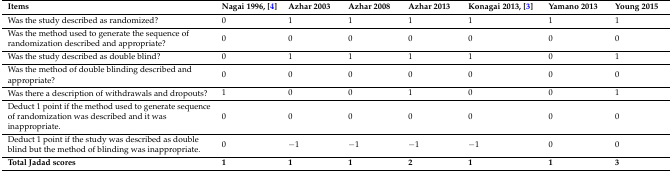
<table><thead><tr><td><b>Items</b></td><td><b>Nagai 1996, [4]</b></td><td><b>Azhar 2003</b></td><td><b>Azhar 2008</b></td><td><b>Azhar 2013</b></td><td><b>Konagai 2013, [3]</b></td><td><b>Yamano 2013</b></td><td><b>Young 2015</b></td></tr></thead><tbody><tr><td>Was the study described as randomized?</td><td>0</td><td>1</td><td>1</td><td>1</td><td>1</td><td>1</td><td>1</td></tr><tr><td>Was the method used to generate the sequence of randomization described and appropriate?</td><td>0</td><td>0</td><td>0</td><td>0</td><td>0</td><td>0</td><td>0</td></tr><tr><td>Was the study described as double blind?</td><td>0</td><td>1</td><td>1</td><td>1</td><td>1</td><td>0</td><td>1</td></tr><tr><td>Was the method of double blinding described and appropriate?</td><td>0</td><td>0</td><td>0</td><td>0</td><td>0</td><td>0</td><td>0</td></tr><tr><td>Was there a description of withdrawals and dropouts?</td><td>1</td><td>0</td><td>0</td><td>1</td><td>0</td><td>0</td><td>1</td></tr><tr><td>Deduct 1 point if the method used to generate sequence of randomization was described and it was inappropriate.</td><td>0</td><td>0</td><td>0</td><td>0</td><td>0</td><td>0</td><td>0</td></tr><tr><td>Deduct 1 point if the study was described as double blind but the method of blinding was inappropriate.</td><td>0</td><td>−1</td><td>−1</td><td>−1</td><td>−1</td><td>0</td><td>0</td></tr><tr><td><b>Total Jadad scores</b></td><td><b>1</b></td><td><b>1</b></td><td><b>1</b></td><td><b>2</b></td><td><b>1</b></td><td><b>1</b></td><td><b>3</b></td></tr></tbody></table>